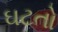
ઘટતો